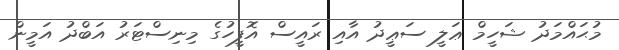
މުޙައްމަދު ޝަހީމް ޢަލީ ސަޢީދު އާއި ރައީސް އޮފީހުގެ މިނިސްޓަރު އަބްދު އަމީން